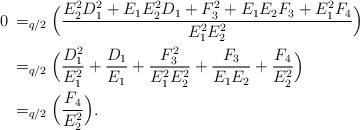
LaTeX: \begin{align*}0\,&=_{q/2}\Bigl(\frac{E_2^2D_1^2+E_1E_2^2D_1+F_3^2+E_1E_2F_3+E_1^2F_4}{E_1^2E_2^2}\Bigr)\cr&=_{q/2}\Bigl(\frac{D_1^2}{E_1^2}+\frac{D_1}{E_1}+\frac{F_3^2}{E_1^2E_2^2}+\frac{F_3}{E_1E_2}+\frac{F_4}{E_2^2}\Bigr)\cr&=_{q/2}\Bigl(\frac{F_4}{E_2^2}\Bigr).\end{align*}